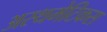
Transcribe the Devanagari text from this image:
अस्थमेटिकस